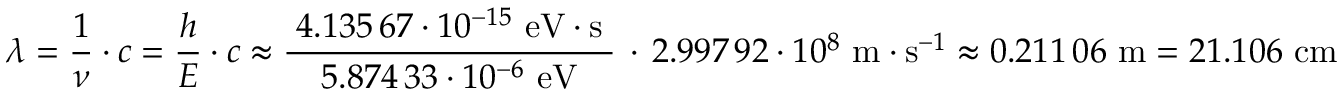
\lambda = { \frac { 1 } { \nu } } \cdot c = { \frac { h } { E } } \cdot c \approx { \frac { \; 4 . 1 3 5 \, 6 7 \cdot 1 0 ^ { - 1 5 } \ \mathrm { e V } \cdot { \mathrm { s } } \; } { 5 . 8 7 4 \, 3 3 \cdot 1 0 ^ { - 6 } \ \mathrm { e V } } } \, \cdot \, 2 . 9 9 7 \, 9 2 \cdot 1 0 ^ { 8 } \ \mathrm { m } \cdot \mathrm { s } ^ { - 1 } \approx 0 . 2 1 1 \, 0 6 \ \mathrm { m } = 2 1 . 1 0 6 \ \mathrm { c m }